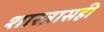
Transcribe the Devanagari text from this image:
शास्त्रासही